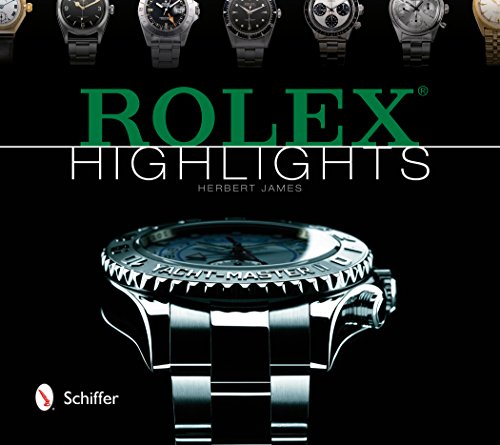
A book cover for Rolex Highlights; Herbert James; Crafts, Hobbies & Home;